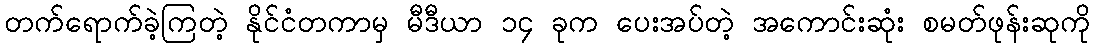
တက်ရောက်ခဲ့ကြတဲ့ နိုင်ငံတကာမှ မီဒီယာ ၁၄ ခုက ပေးအပ်တဲ့ အကောင်းဆုံး စမတ်ဖုန်းဆုကို